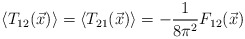
\begin{align*}\left\langle T_{12}(\vec{x})\right\rangle =\left\langle T_{21}(\vec{x})\right\rangle =-\frac{1}{8\pi ^{2}}F_{12}(\vec{x})\end{align*}